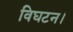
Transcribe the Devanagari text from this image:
विघटन।